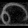
Digit: ၈